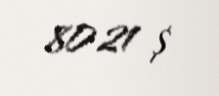
8021 $